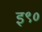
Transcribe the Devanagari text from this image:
इ९०